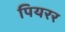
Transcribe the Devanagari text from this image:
पियरर